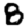
Digit: 8